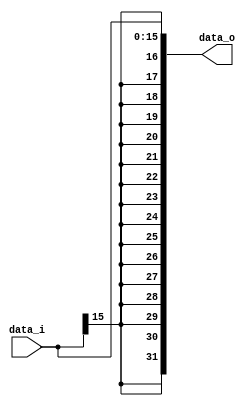
module Signed_Extend(
	data_i,
	data_o
);

input [15:0] data_i;
output wire [31:0] data_o;
assign data_o = {{16{data_i[15]}},data_i};
endmodule